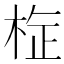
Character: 𭪉